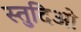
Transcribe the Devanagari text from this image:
स्तुदिओ